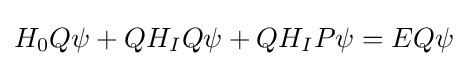
H_{0}Q\psi +QH_{I}Q\psi +QH_{I}P\psi =EQ\psi